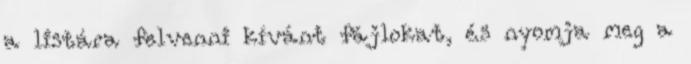
a listára felvenni kívánt fájlokat, és nyomja meg a